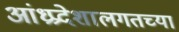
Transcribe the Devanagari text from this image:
आंध्रप्रदेशालगतच्या